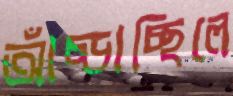
আঁচ্‌ড়াচ্ছিলে